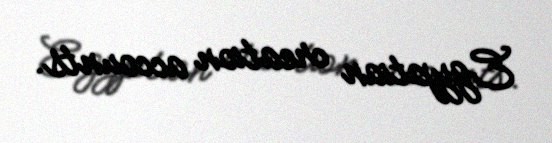
Egyptian creation accounts.